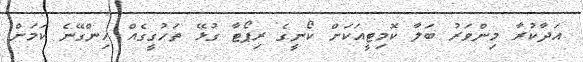
އަދާކުރާ މިންވަރު ބަލާ ކޮމިޓީއަކަށް ކޯނީގެ ރިޕޯޓާ ގުޅޭ ތަހުގީގެއް ހިންގޭނެ ކަމަށް